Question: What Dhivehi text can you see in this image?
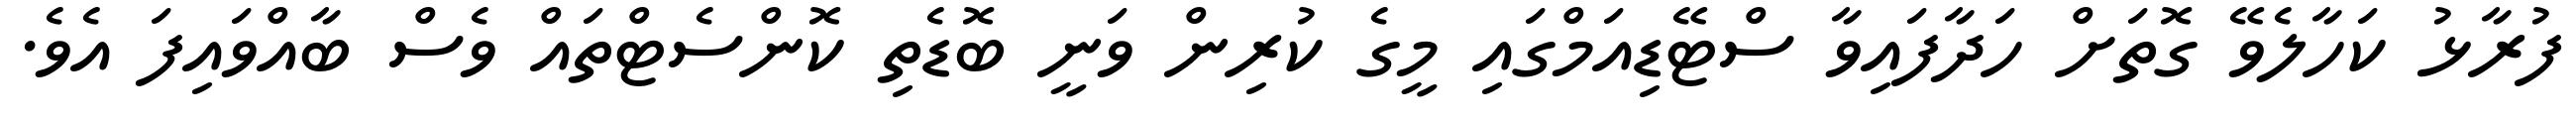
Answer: ފުރާޅު ކަހާލެވޭ ގޮތަށް ހަދާފައިވާ ސްޓޭޑިއަމްގައި މީގެ ކުރިން ވަނީ ބޮޑެތި ކޮންސެޓްތައް ވެސް ބާއްވައިފަ އެވެ.